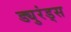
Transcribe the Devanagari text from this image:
ड्युरंड्स